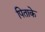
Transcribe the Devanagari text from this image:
पिताके